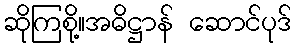
ဆိုကြစို့။အဓိဋ္ဌာန် ဆောင်ပုဒ်